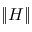
\lVert H \rVert